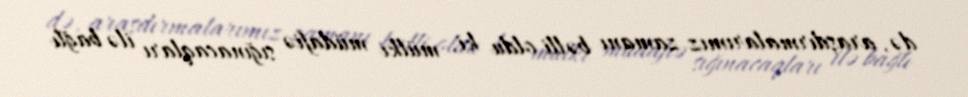
də, araşdırmalarımız zamanı bəlli oldu ki, mülki müdafiə sığınacaqları ilə bağlı